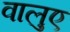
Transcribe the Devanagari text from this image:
वालुए